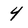
Character: 4